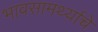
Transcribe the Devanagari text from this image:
भावसामर्थ्याचे